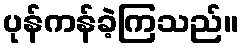
ပုန်ကန်ခဲ့ကြသည်။